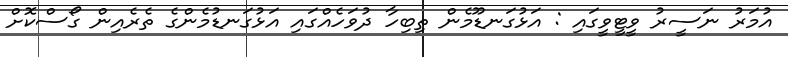
އުމަރު ނަސީރު ވީޓީވީގައި : އަޅުގަނޑޫމެން ތިބިހާ ދުވަހެއްގައި އަޅުގަނޑުމެންގެ ތެރެއިން ގޯސްކޮށް